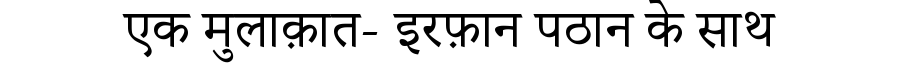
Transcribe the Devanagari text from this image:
एक मुलाक़ात- इरफ़ान पठान के साथ